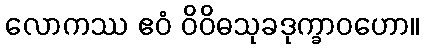
လောကဿ ဧဝံ ဝိဝိဓသုခဒုက္ခာဝဟော။